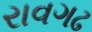
રાવગઢ